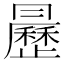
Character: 𣌅